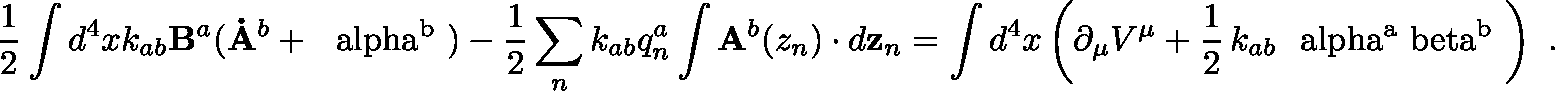
\frac { 1 } { 2 } \int d ^ { 4 } x k _ { a b } { \bf B } ^ { a } ( { \bf \dot { A } } ^ { b } + \mathrm { \boldmath ~ \ a l p h a ^ { b } ~ } ) - \frac { 1 } { 2 } \sum _ { n } k _ { a b } q _ { n } ^ { a } \int { \bf A } ^ { b } ( z _ { n } ) \cdot d { \bf z } _ { n } = \int d ^ { 4 } x \left( \partial _ { \mu } V ^ { \mu } + \frac { 1 } { 2 } \, k _ { a b } \mathrm { \boldmath ~ \ a l p h a ^ { a } \ b e t a ^ { b } ~ } \right) \ .